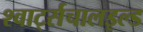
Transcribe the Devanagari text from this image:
श्वार्ट्सचालइल्ड